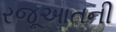
રજૂઆતની